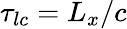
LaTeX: \tau_{lc}=L_{x}/c